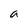
Character: a